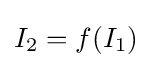
I_{2}=f(I_{1})